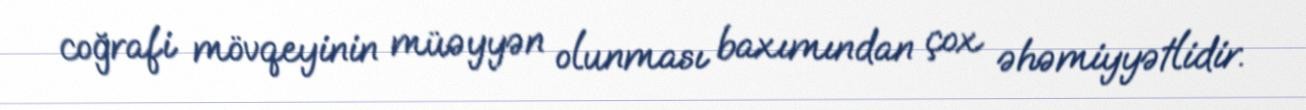
coğrafi mövqeyinin müəyyən olunması baxımından çox əhəmiyyətlidir.